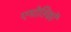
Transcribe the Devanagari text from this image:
एमोतिकों